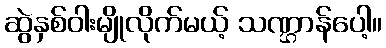
ဆွဲနှစ်ဝါးမျိုလိုက်မယ့် သဏ္ဌာန်ပေါ့။